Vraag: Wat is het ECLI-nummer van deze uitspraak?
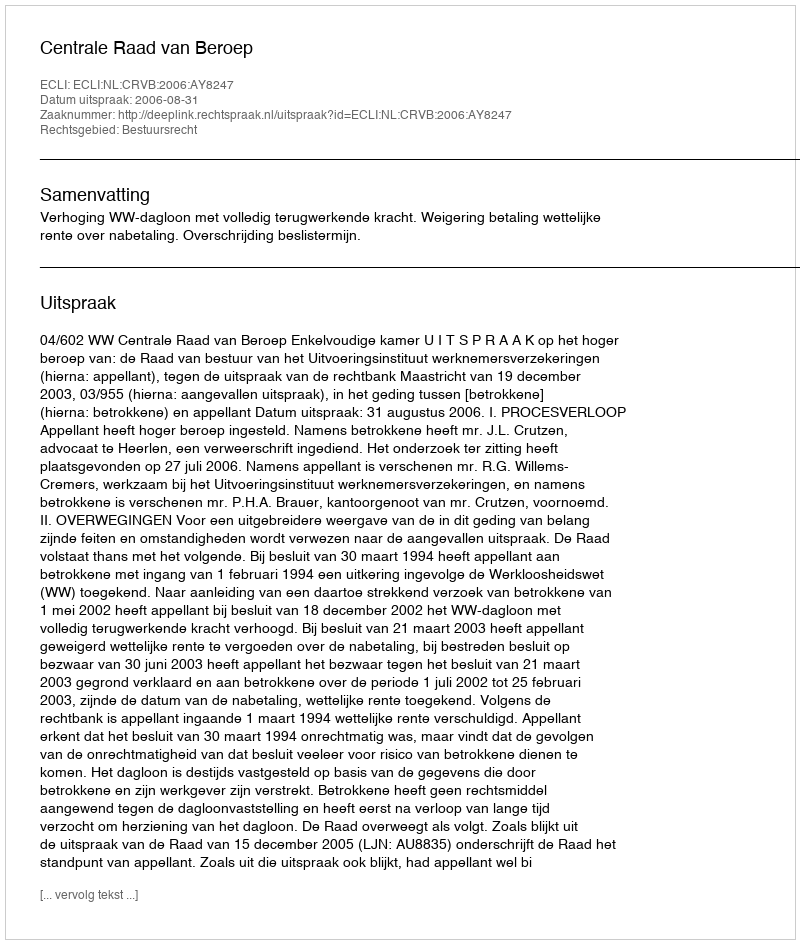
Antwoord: ECLI:NL:CRVB:2006:AY8247